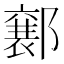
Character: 𮠍